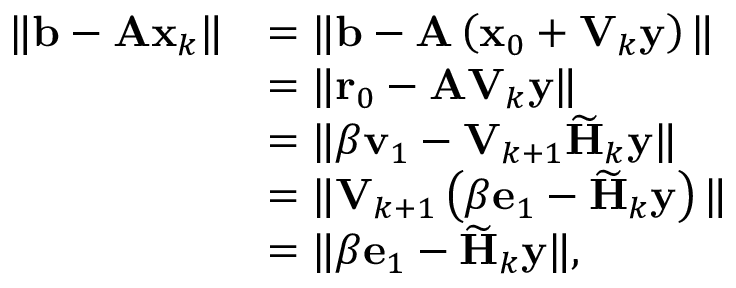
\begin{array} { r l } { \| \mathbf { b } - \mathbf { A x } _ { k } \| } & { = \| \mathbf { b } - \mathbf { A } \left( \mathbf { x } _ { 0 } + \mathbf { V } _ { k } \mathbf { y } \right) \| } \\ & { = \| \mathbf { r } _ { 0 } - \mathbf { A V } _ { k } \mathbf { y } \| } \\ & { = \| \beta \mathbf { v } _ { 1 } - \mathbf { V } _ { k + 1 } \widetilde { \mathbf { H } } _ { k } \mathbf { y } \| } \\ & { = \| \mathbf { V } _ { k + 1 } \left( \beta \mathbf { e } _ { 1 } - \widetilde { \mathbf { H } } _ { k } \mathbf { y } \right) \| } \\ & { = \| \beta \mathbf { e } _ { 1 } - \widetilde { \mathbf { H } } _ { k } \mathbf { y } \| , } \end{array}